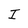
Character: I